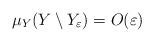
LaTeX: \begin{align*}\mu_Y(Y\setminus Y_{\varepsilon})=O(\varepsilon)\end{align*}